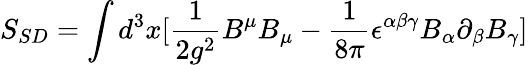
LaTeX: S_{SD}=\int d^{3}x[\frac{1}{2g^{2}}B^{\mu}B_{\mu}-\frac{1}{8\pi}\epsilon^{\alpha\beta\gamma}B_{\alpha}\partial_{\beta}B_{\gamma}]